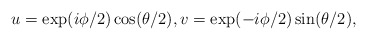
\begin{align*}u= \exp(i \phi/2)\cos(\theta/2), v=\exp(-i\phi/2) \sin(\theta/2),\end{align*}